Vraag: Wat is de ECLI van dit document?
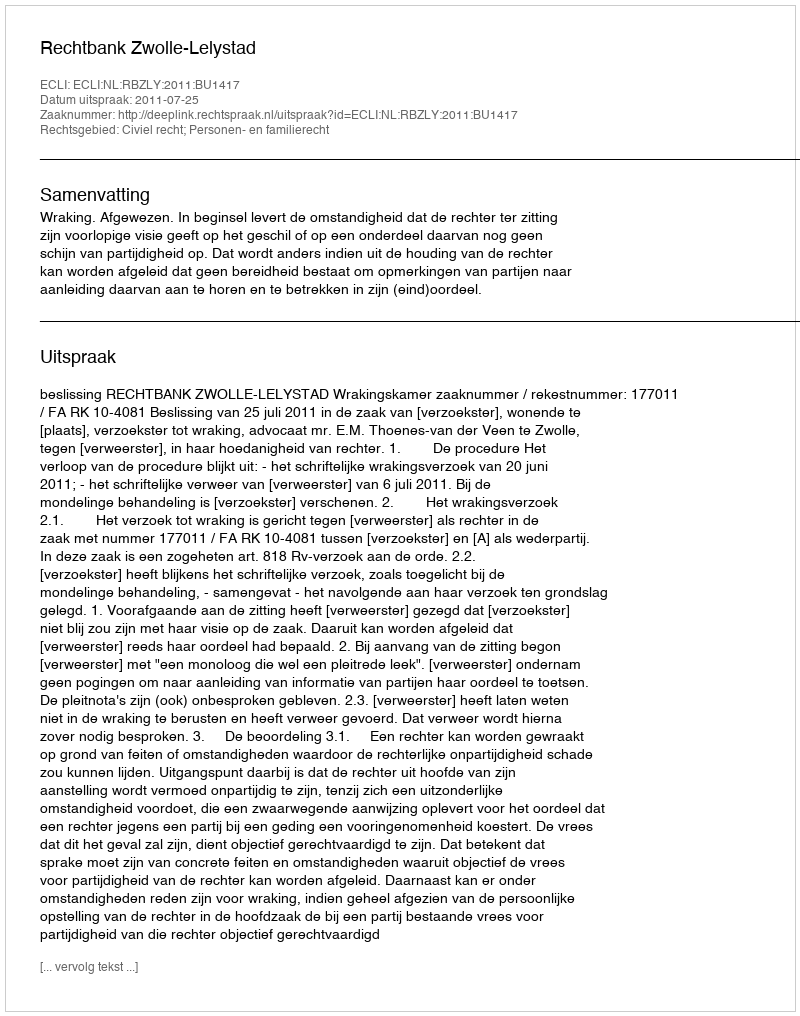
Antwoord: ECLI:NL:RBZLY:2011:BU1417